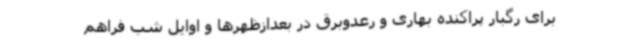
برای رگبار پراکنده بهاری و رعدوبرق در بعدازظهرها و اوایل شب فراهم